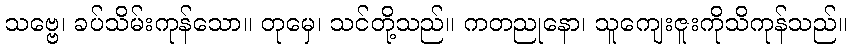
သဗ္ဗေ၊ ခပ်သိမ်းကုန်သော။ တုမှေ၊ သင်တို့သည်။ ကတညုနော၊ သူကျေးဇူးကိုသိကုန်သည်။